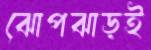
ঝোপঝাড়ই